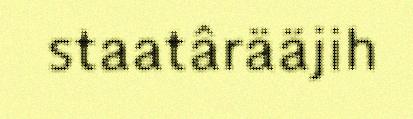
staatârääjih